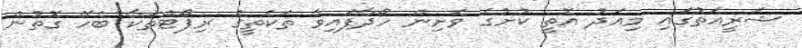
ޝަރީއަތުގައި މިއަދު އޮތީ ކުށުގެ ވެށިން ހޯދާފައިވާ ތަކެތީގެ ރިޕޯޓްތަކާ ބެހޭ ގޮތުން